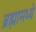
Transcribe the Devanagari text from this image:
ब्रह्मामध्ये